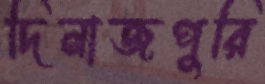
দিনাজপুরি